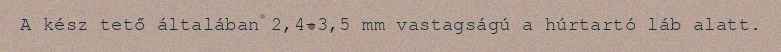
A kész tető általában 2,4-3,5 mm vastagságú a húrtartó láb alatt.